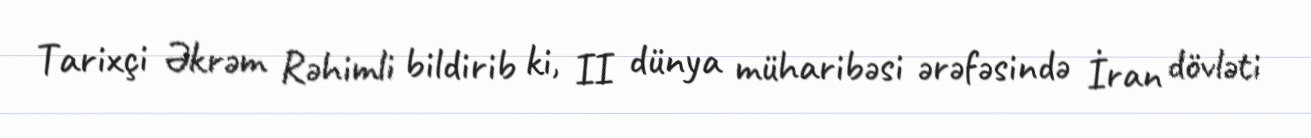
Tarixçi Əkrəm Rəhimli bildirib ki, II dünya müharibəsi ərəfəsində İran dövləti